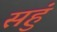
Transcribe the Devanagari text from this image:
सहुं